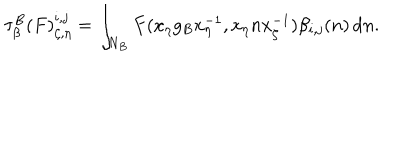
LaTeX: \tau _ { \beta } ^ { B } ( F ) _ { \zeta , \eta } ^ { i , j } = \int _ { N _ { B } } F ( x _ { \eta } g _ { B } x _ { \eta } ^ { - 1 } , x _ { \eta } n x _ { \zeta } ^ { - 1 } ) \beta _ { i , j } ( n ) \, \mathrm { d } n .